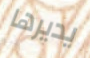
يديرها